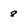
Character: 8